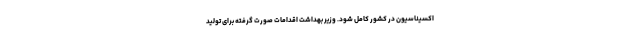
اکسیناسیون در کشور کامل شود. وزیر بهداشت اقدامات صورت گرفته برای تولید